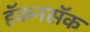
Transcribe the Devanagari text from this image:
हॅकनसॅक